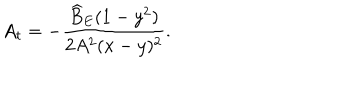
A _ { t } = - \frac { \widehat { B } _ { E } ( 1 - y ^ { 2 } ) } { 2 A ^ { 2 } ( x - y ) ^ { 2 } } .